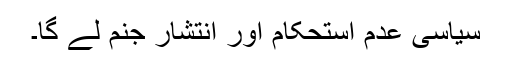
سیاسی عدم استحکام اور انتشار جنم لے گا۔